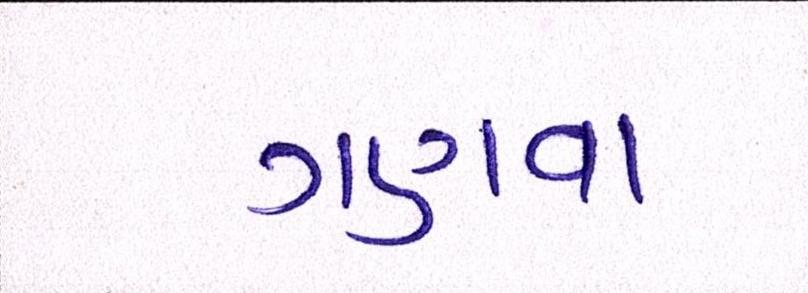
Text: ગણવા